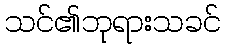
သင်၏ဘုရားသခင်